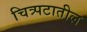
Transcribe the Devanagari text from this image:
चित्र्पटातील